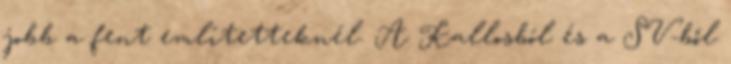
jobb a fent említetteknél. A Kallosból és a SV-ből